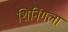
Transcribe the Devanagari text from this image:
शिनिंगला